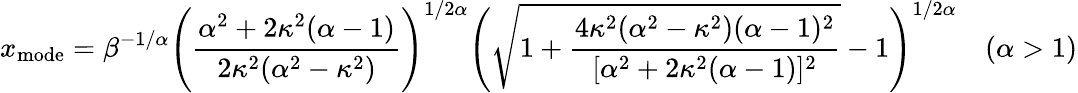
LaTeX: x_{\textrm{mode}}=\beta^{-1/\alpha}{\Bigg(}{\frac{\alpha^{2}+2\kappa^{2}(\alpha-1)}{2\kappa^{2}(\alpha^{2}-\kappa^{2})}}{\Bigg)}^{1/2\alpha}{\Bigg(}{\sqrt{1+{\frac{4\kappa^{2}(\alpha^{2}-\kappa^{2})(\alpha-1)^{2}}{[\alpha^{2}+2\kappa^{2}(\alpha-1)]^{2}}}}}-1{\Bigg)}^{1/2\alpha}\quad(\alpha>1)